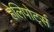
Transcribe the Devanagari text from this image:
हेलिपोर्ट्स